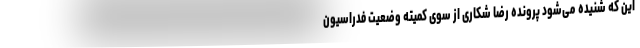
این که شنیده می‌شود پرونده رضا شکاری از سوی کمیته وضعیت فدراسیون